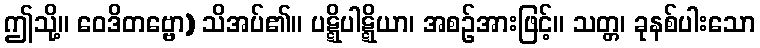
ဤသို့။ ဝေဒိတဗ္ဗော) သိအပ်၏။ ပဋ္ဋိပါဋ္ဋိယာ၊ အစဉ်အားဖြင့်။ သတ္တ၊ ခုနစ်ပါးသော